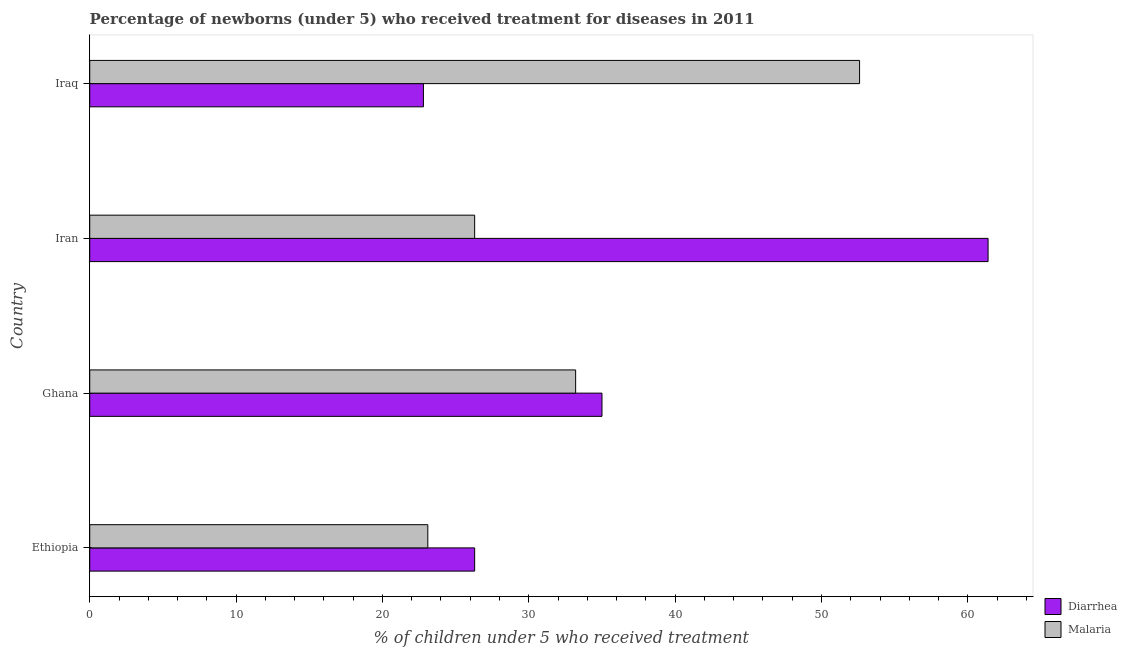
| Country | Diarrhea | Malaria |
 | --- | --- | --- |
 | Ethiopia | 26.3 | 23.1 |
 | Ghana | 35 | 33.2 |
 | Iran | 61.4 | 26.3 |
 | Iraq | 22.8 | 52.6 |